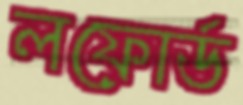
লফোর্ড